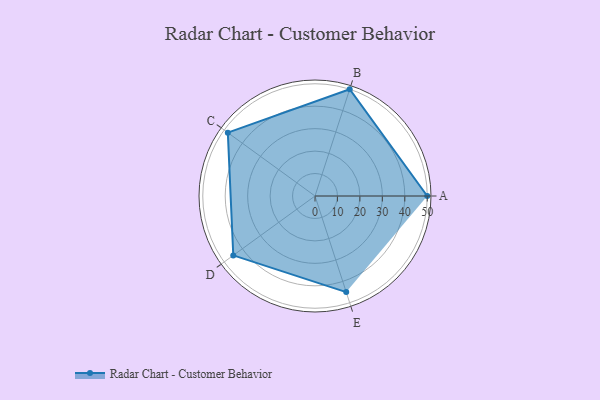
{"axis": {"x": "Skill", "y": "Score"}, "legend": ["Profile"], "data": [{"x": "A", "y": 50.0, "type": "Profile"}, {"x": "B", "y": 50.0, "type": "Profile"}, {"x": "C", "y": 48.0, "type": "Profile"}, {"x": "D", "y": 45.0, "type": "Profile"}, {"x": "E", "y": 45.0, "type": "Profile"}]}